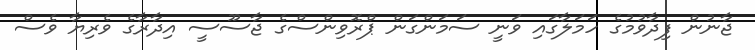
ޖާނުން ފިދާވުމުގެ ހަމަލާގައި ވަނީ ސަމަންގަން ޕްރޮވިންސްގެ ޖާސޫސީ އިދާރާގެ ވެރިޔާ ވެސް